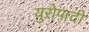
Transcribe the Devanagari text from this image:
युरोपादी